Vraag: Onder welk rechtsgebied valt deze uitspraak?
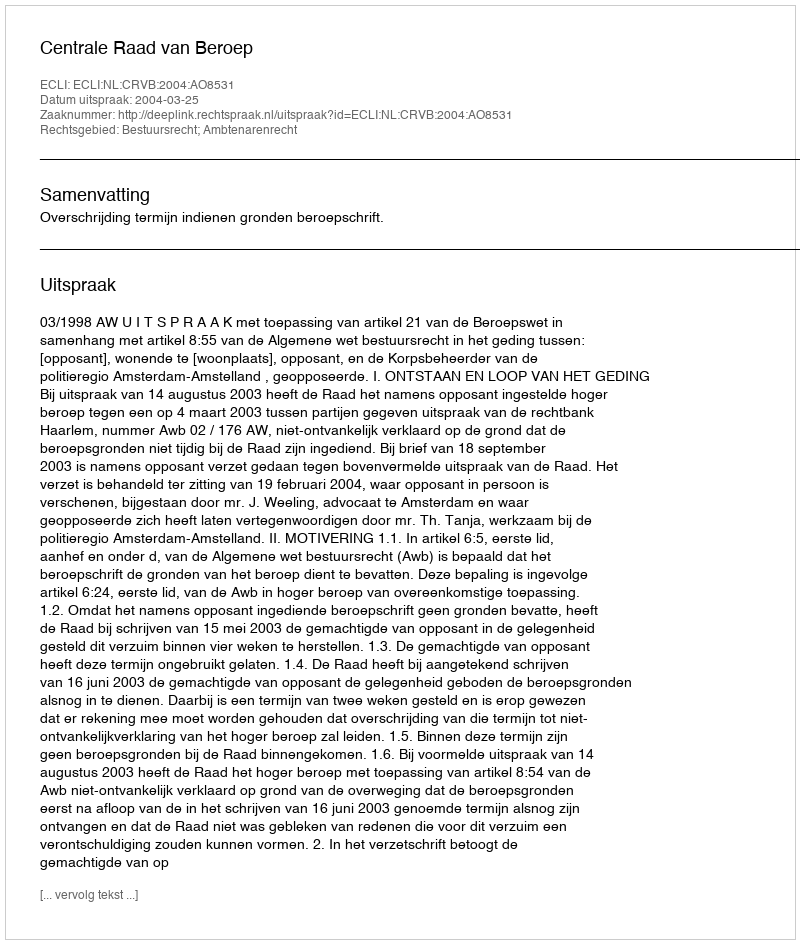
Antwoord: Bestuursrecht; Ambtenarenrecht